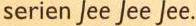
serien Jee Jee Jee.